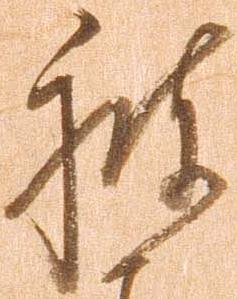
被